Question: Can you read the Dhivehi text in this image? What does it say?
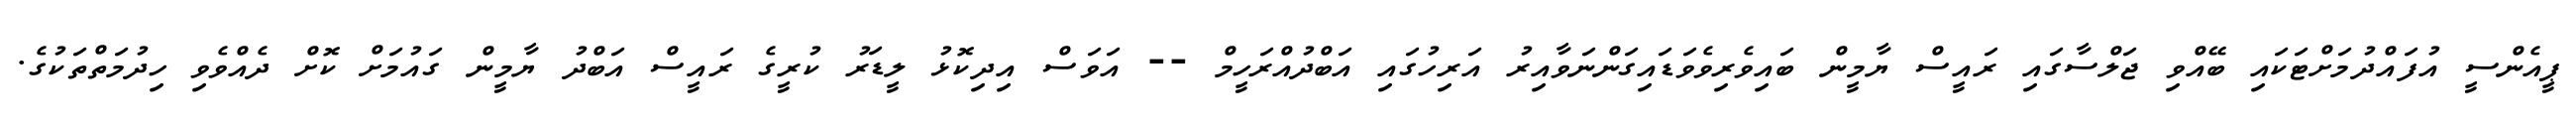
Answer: ޕީއެންސީ އުފައްދުމަށްޓަކައި ބޭއްވި ޖަލްސާގައި ރައީސް ޔާމީން ބައިވެރިވެވަޑައިގަންނަވާއިރު އަރިހުގައި އަބްދުއްރަހީމް -- އަވަސް އިދިކޮޅު ލީޑަރު ކުރީގެ ރައީސް އަބްދު ޔާމީން ގައުމަށް ކޮށް ދެއްވެވި ހިދުމަތްތަކުގެ.